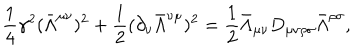
LaTeX: \frac { 1 } { 4 } \gamma ^ { 2 } ( \bar { \Lambda } ^ { \mu \nu } ) ^ { 2 } + \frac { 1 } { 2 } ( \partial _ { \nu } \bar { \Lambda } ^ { \nu \mu } ) ^ { 2 } = \frac { 1 } { 2 } \bar { \Lambda } _ { \mu \nu } D _ { \mu \nu \rho \sigma } \bar { \Lambda } ^ { \rho \sigma } ,